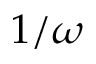
1 / \omega